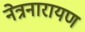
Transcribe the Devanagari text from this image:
नेत्रनारायण